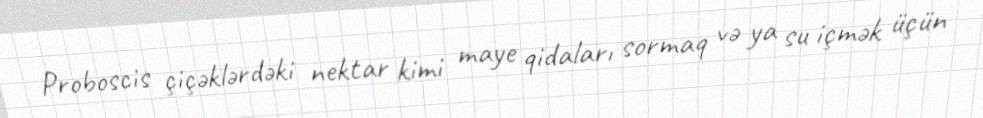
Proboscis çiçəklərdəki nektar kimi maye qidaları sormaq və ya su içmək üçün